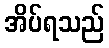
အိပ်ရသည်